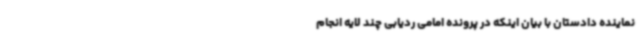
نماینده دادستان با بیان اینکه در پرونده امامی ردیابی چند لایه انجام